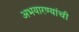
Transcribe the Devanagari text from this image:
अभयारण्यांची